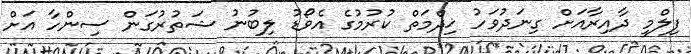
ފިލްމީ ދާއިރާއަށް ގިނަދުވަހު ޚިދްމަތް ކުރުމުގެ އެވޯޑު ލިބުނު ޝަތުރުގަން ސިންހާ އަށް